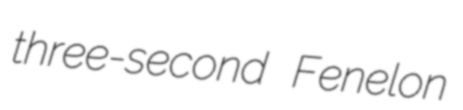
three-second Fenelon